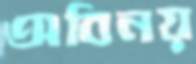
অবিনয়